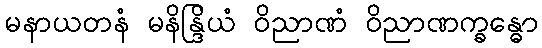
မနာယတနံ မနိန္ဒြိယံ ဝိညာဏံ ဝိညာဏက္ခန္ဓော